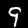
Digit: 9